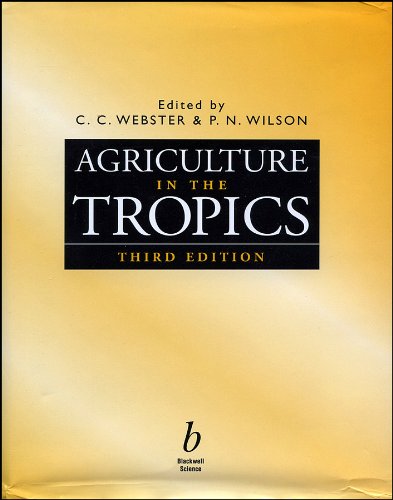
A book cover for Agriculture in the Tropics; Science & Math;